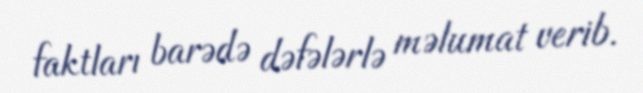
faktları barədə dəfələrlə məlumat verib.